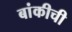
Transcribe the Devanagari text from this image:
बांकीची